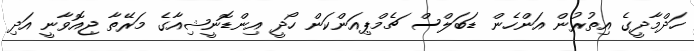
ހަދްމާދީގެ އިތުރުން އަންހެން ޑަބަލްސް ޗެމްޕިއަންކަން ހޯދީ އިންޑޮނީޝިއާގެ މަރޭތާ ޖިއޮވާނީ އަދި